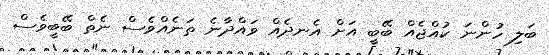
ބަލި ހުންނަ ކުއްޖެއް ބޭބީ އަށް އެނދެއް ވައްދާނެ ތަނެއްވެސް ނެތް ބޭބީވެސް